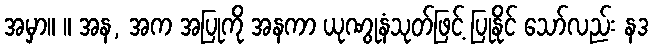
အမှာ။ ။ အန, အက အပြုကို အနကာ ယုဏွုနံသုတ်ဖြင့် ပြုနိုင် သော်လည်း နဒ